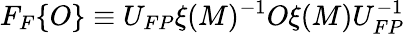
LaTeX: F_{F}\{ O\} \equiv U_{FP}\xi(M)^{-1}O\xi(M)U_{FP}^{-1}